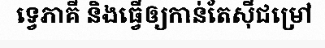
ទ្វេភាគី និងធ្វើឲ្យកាន់តែស៊ីជម្រៅ